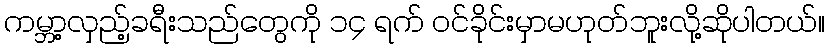
ကမ္ဘာ့လှည့်ခရီးသည်တွေကို ၁၄ ရက် ဝင်ခိုင်းမှာမဟုတ်ဘူးလို့ဆိုပါတယ်။